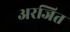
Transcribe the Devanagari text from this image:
अरजित